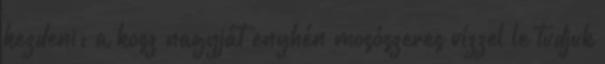
kezdeni: a kosz nagyját enyhén mosószeres vízzel le tudjuk